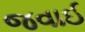
જવાઈ